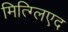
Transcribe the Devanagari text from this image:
मित्ग्लिएद